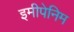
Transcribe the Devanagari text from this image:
इमीपेनिम